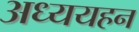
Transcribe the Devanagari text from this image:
अध्ययहन